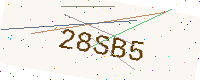
Text: 28SB5